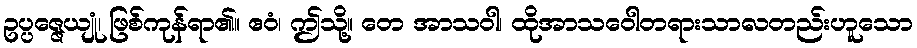
ဥပ္ပဇ္ဇေယျုံ၊ ဖြစ်ကုန်ရာ၏။ ဧဝံ၊ ဤသို့။ တေ အာသဝါ၊ ထိုအာသဝေါတရားသာလတည်းဟူသော